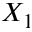
X _ { 1 }